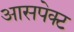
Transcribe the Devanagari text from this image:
आसपेक्ट